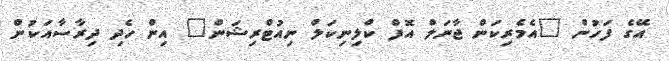
އޭގެ ފަހުން "އެމެރިކަން ޖާނަލް އޮފް ކްލިނިކަލް ނިއުޓްރިޝަން" އިން ހެދި ދިރާސާއަކުން